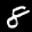
Label: 8